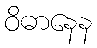
ဝိဓာနေန